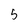
Character: 5